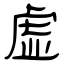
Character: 虚